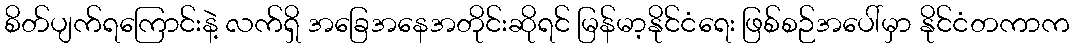
စိတ်ပျက်ရကြောင်းနဲ့ လက်ရှိ အခြေအနေအတိုင်းဆိုရင် မြန်မာ့နိုင်ငံရေး ဖြစ်စဉ်အပေါ်မှာ နိုင်ငံတကာက